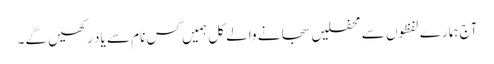
آج ہمارے لفظوں سے محفلیں سجانے والے کل ہمیں کس نام سے یاد رکھیں گے۔